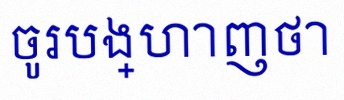
ចូរបង្ហាញថា